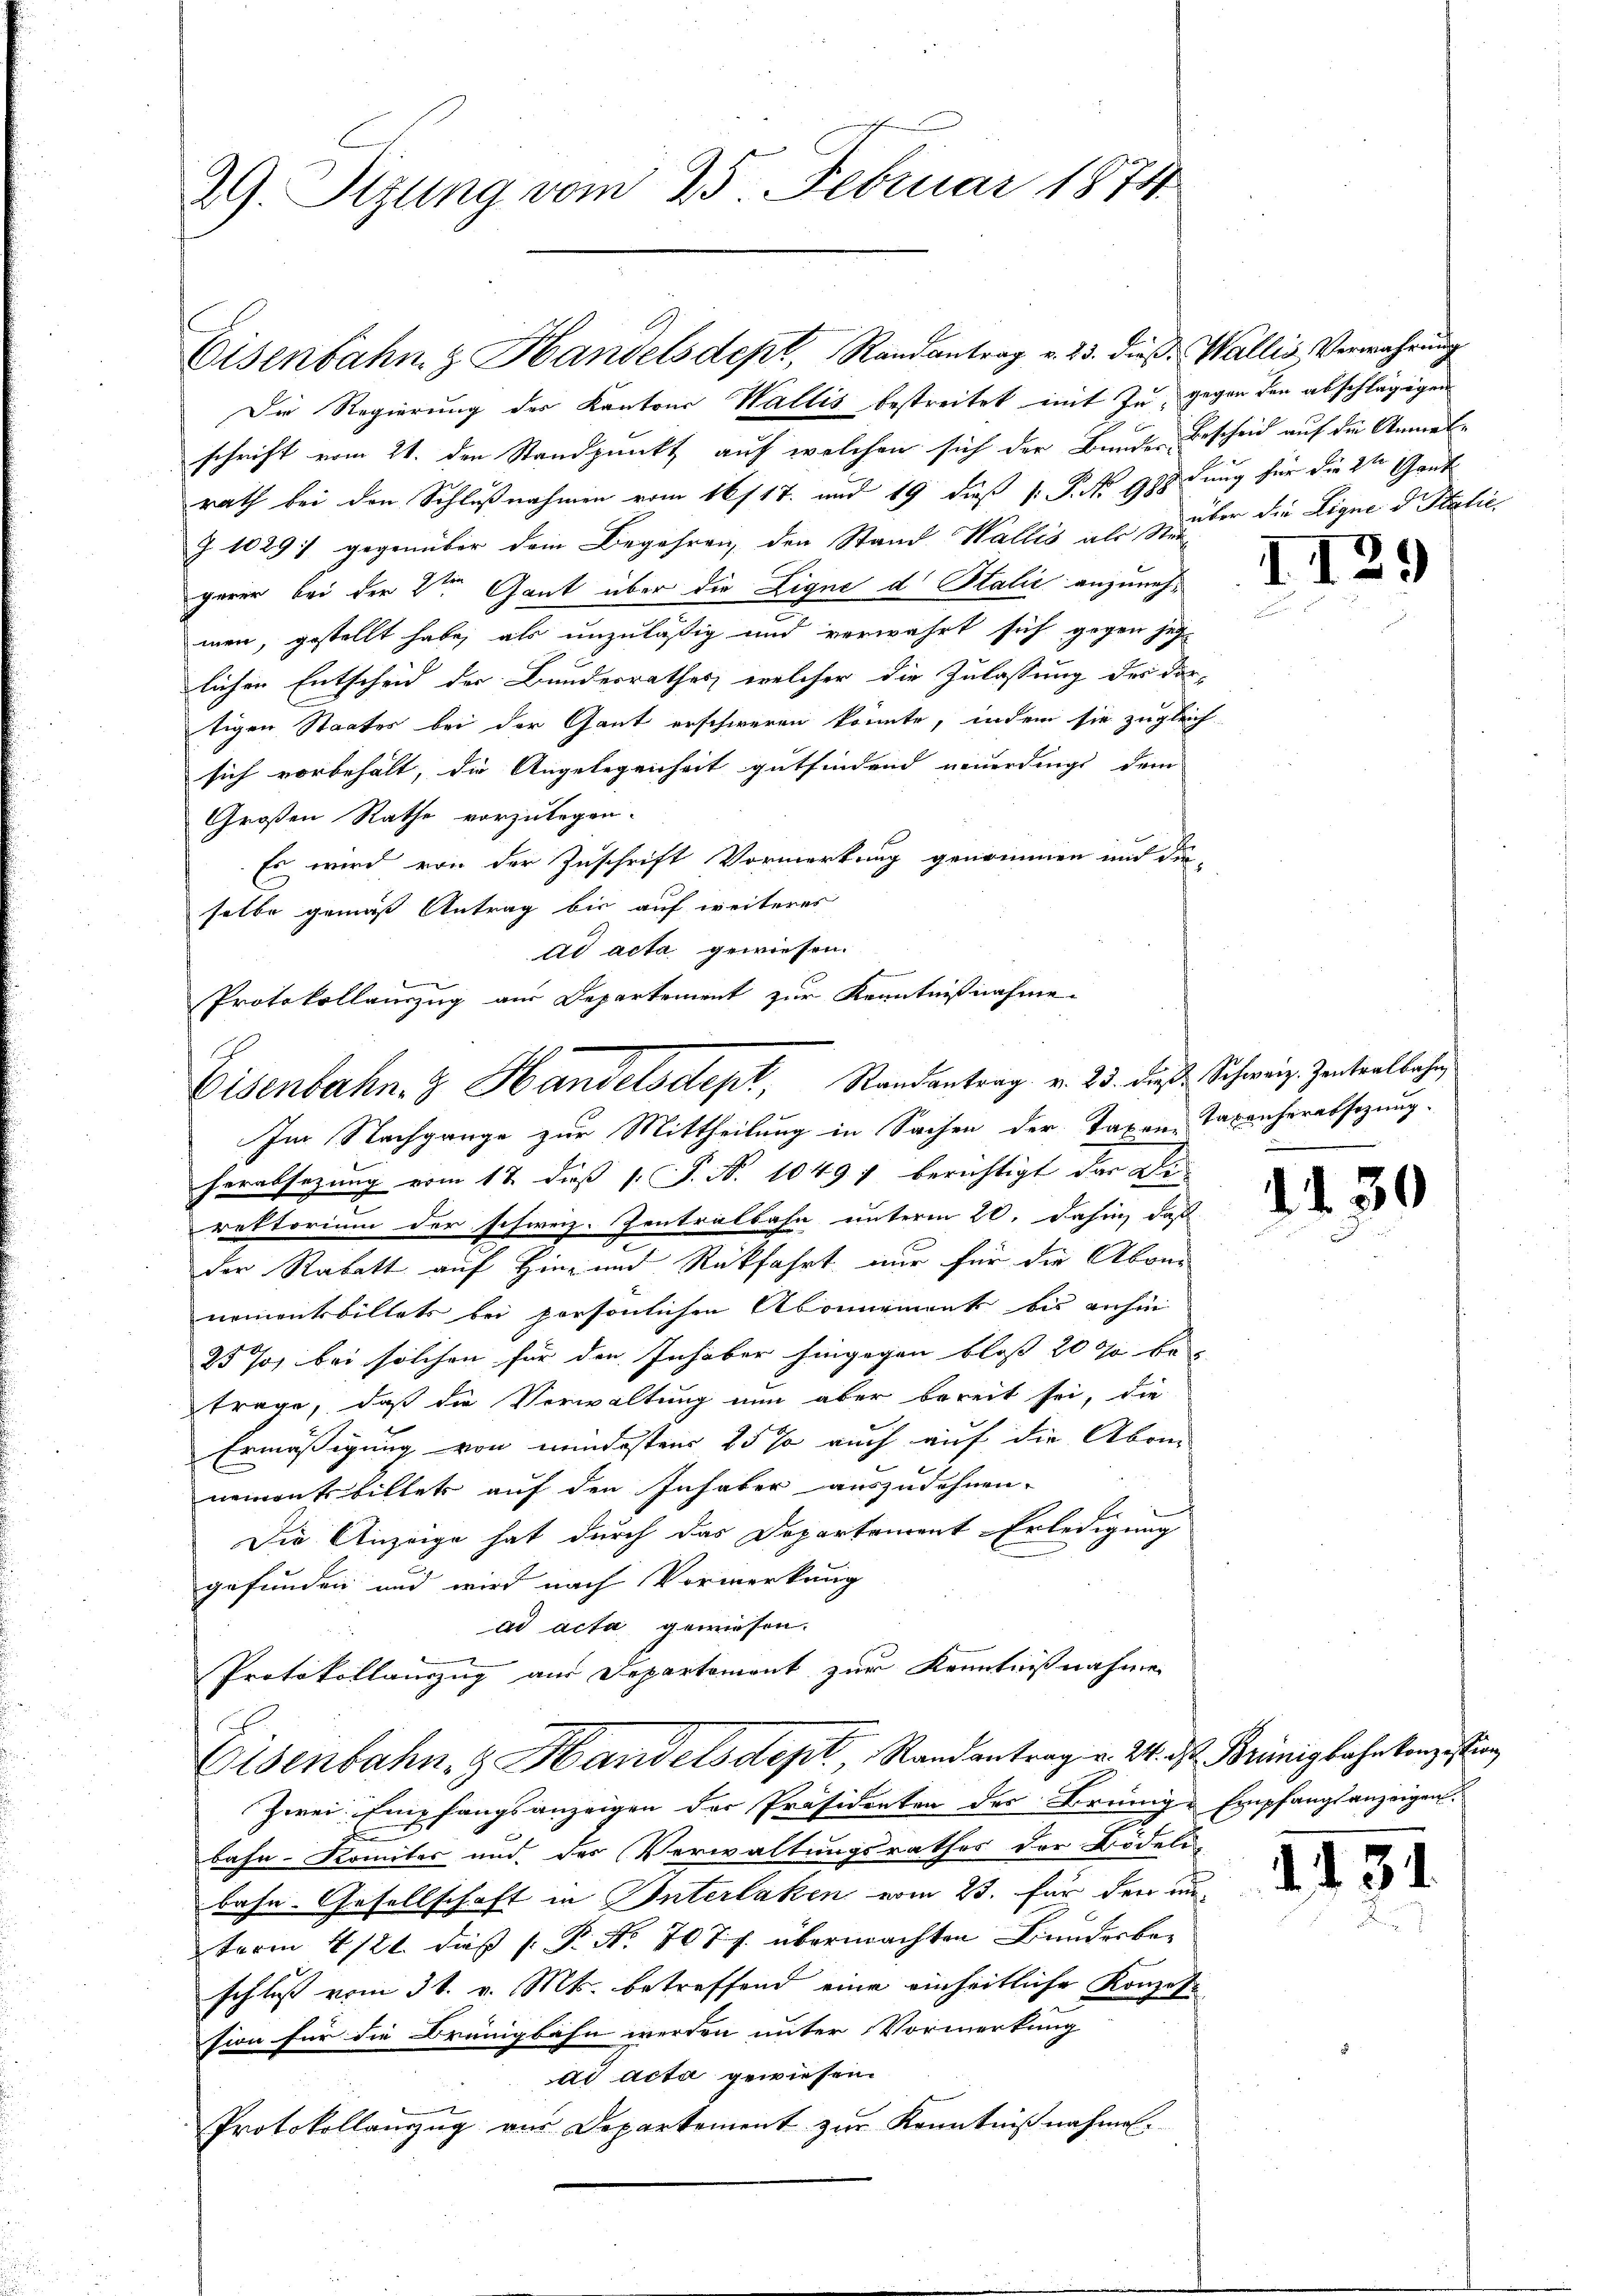
29. Sizung vom 25. Februar 1874

Eisenbahn & Handelsdept, Randantrag v. 23. dieß. Wallis Verwahrung
Die Regierung des Kantons Wallis bestreitet mit zu gegen den abschlägigen
schrift vom 21. den Standpunkt auf welchen sich der Bunde Bescheid auf die Anmelrath bei den Schlußnahmen vom 16/17. und 19 dieß P. P. No 988 Jung für die 2ten Gant
Z 1029 gegenüber dem Begehren, den Stand Wallis als zu über die Ligne d. Stalie
gerer bei der 2ten Gant über die Ligne d Salić anzunehmen, gestellt habe, als unzuläßig und verwahrt sich gegen jetz
lichen Entscheid der Bundesrathes, welcher die Zulassung der Ditigen Staates bei der Gant erschweren könnte, indem sie zugleich
sich vorbehält, die Angelegenheit gutfindend neuerdings dem
Großen Rathe vorzulegen.
Es wird von der Zuschrift Vormerkung genommen und die-
selbe gemäß Antrag bis auf weiteres
E
Im Nachgange zur Mittheilung in Sachen der Taxen-Taxanherabsetzung.
herabsetzung vom 17. dieß P. P. Nr. 10497 berichtigt das De-
rektorium der schweiz. Zentralbahn unterm 20. Dahin, daß
der Rabatt auf Hinz und Rückfahrt nur für die Aboni
nementsbillets bei persönlichen Abonnement bis anhin
25 % bei solchen für den Inhaber hingegen bloß 20 % be
trage, daß die Verwaltung nun aber bereit sei, die
Ermäßigung von mindestens 25% auch auf die Aben
nementsbillet auf den Inhaber auszudehnen.
Die Anzeige hat durch das Departement Erledigung
gefunden und wird nach Vormerkung
ad acta gewiesen.
Protokollauszug aus Departemont zur Kenntnißnahme
f
Eisenbahn & Handels dept, Rand antrag v. 24. ds. Brünigbahnkonzession
Zwei Empfangsanzeigen der Präsidenten des Brünige Empfangsanzeigen
e
bahn-Romiter und des Verwaltungsrathes der Bödel-
bahn. Gesellschaft in Unterlaken vom 23. Für den unterm 4/21. daß P. Nr. 707 f. übermachten Bundesbeschluß vom 31. v. Mts. betreffend eine einheitliche Konzession für die Brünigbahn werden unter Vormerkung
ad acta gewiesen.
Protokollauszug aus Departement zur Kenntnißnahmen.

ad acta gewiesen.
Protokollauszug aus Departement zur Kenntnißnahme
Eisenbahn & Handelsdept, Randantrag v. 23. dieß Schweiz. Zentralbahn,

I

.

2.

30

4151